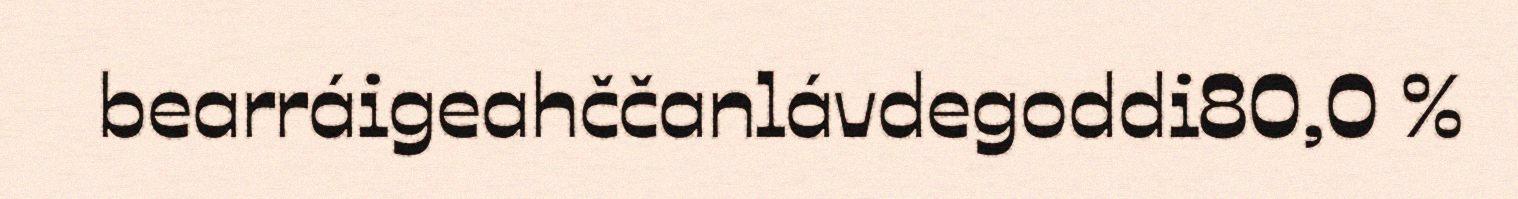
bearráigeahččanlávdegoddi80,0 %